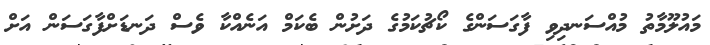
މައުލޫމާތު މުއްސަނދިވި ފާގަސަންގެ ކޯޗުކަމުގެ ދަށުން ބެކަމް އަނެއްކާ ވެސް ދަނޑަށްފާގަސަން އަށް